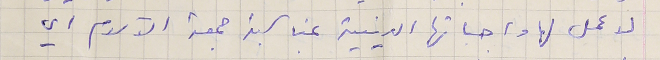
لاعمل لها واجباتها الدينية بمناسبة جمعة الآلام اي